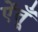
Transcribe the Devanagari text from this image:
ऐंतूँ